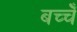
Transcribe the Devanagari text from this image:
बच्चेँ